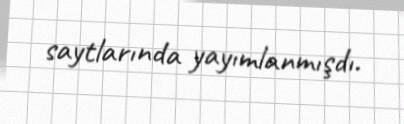
saytlarında yayımlanmışdı.